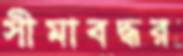
সীমাবদ্ধর